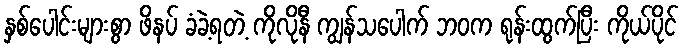
နှစ်ပေါင်းများစွာ ဖိနပ် ခံခဲ့ရတဲ့ ကိုလိုနီ ကျွန်သပေါက် ဘဝက ရုန်းထွက်ပြီး ကိုယ်ပိုင်